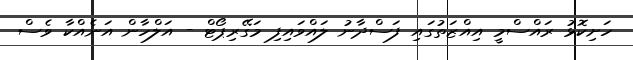
ހަށިކޮޅު ރައްސްމީ އިއްޒަތުގައި ފަސްދާނު ލައްވައިފި މަގޭރިޕޯޓް - އަލްހާން އަނެއްކާ ވެސް